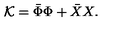
{ \cal K } = \bar { \Phi } \Phi + \bar { X } X .